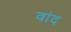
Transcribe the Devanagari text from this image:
वांद